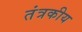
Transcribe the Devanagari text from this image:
तंत्रकीय